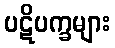
ပဋိပက္ခများ